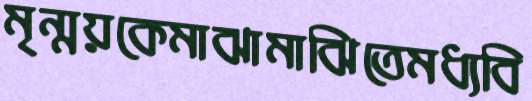
মৃন্ময়কেমাঝামাঝিতেমধ্যবি